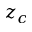
z _ { c }